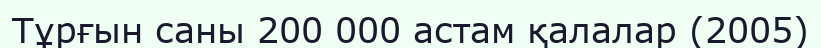
Тұрғын саны 200 000 астам қалалар (2005)